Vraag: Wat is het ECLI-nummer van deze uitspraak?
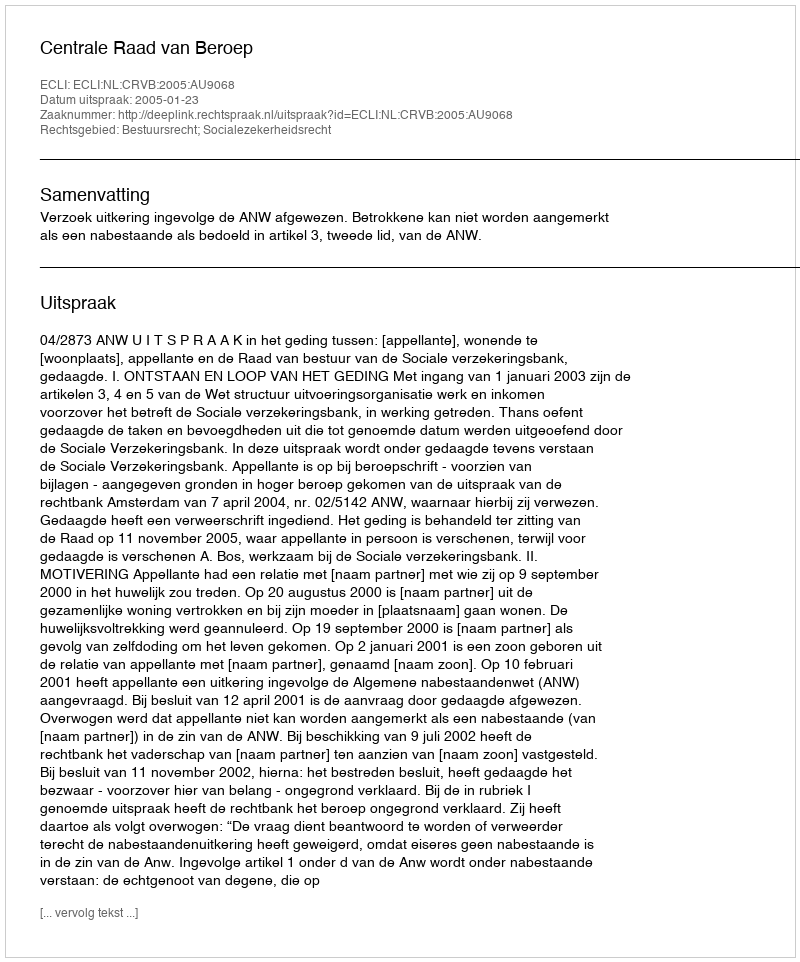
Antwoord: ECLI:NL:CRVB:2005:AU9068